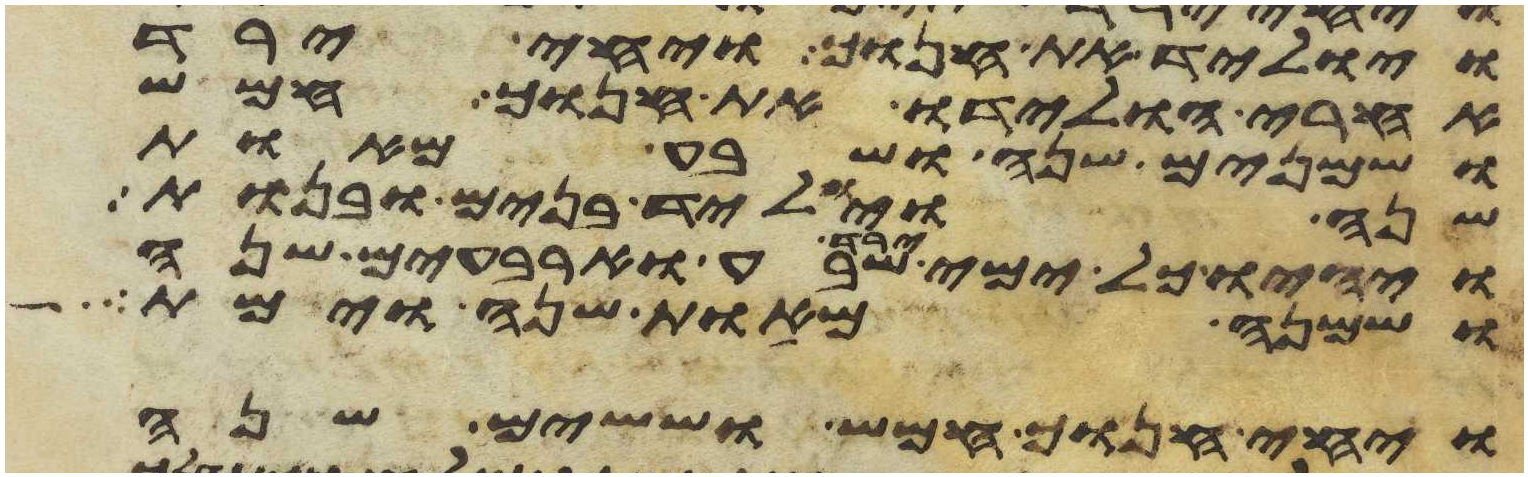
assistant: ויוליד את חנוך ויחי ירד
אחרי הולידו את חנוך חמש
ושמנים שנה ושבע מאות
שנה ויוליד בנים ובנות
ויהיו כל ימי ירד שבע וארבעים שנה
ושמנה מאות שנה וימת
ויחי חנוך חמש וששים שנה